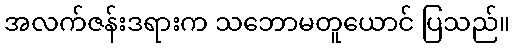
အလက်ဇန်းဒရားက သဘောမတူယောင် ပြသည်။